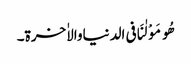
ھُومَوْلٰنَافی الدنیاوالاٰخرۃ۔